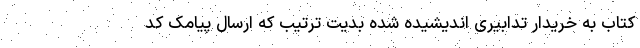
کتاب به خریدار تدابیری اندیشیده شده بدیت ترتیب که ارسال پیامک کد